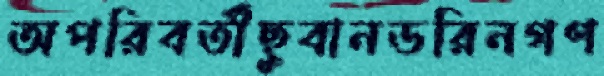
অপরিবর্তীছুবানডরিনগণ